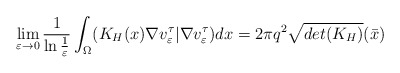
\begin{align*}\lim_{\varepsilon\to 0}\frac{1}{\ln\frac{1}{\varepsilon}}\int_{\Omega}(K_H(x)\nabla v^\tau_\varepsilon| \nabla v^\tau_\varepsilon) dx=2\pi q^2\sqrt{det(K_{H})}(\bar{x})\end{align*}